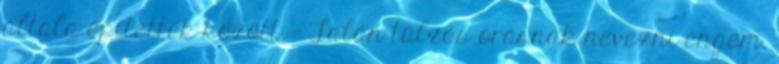
általa építettek között. — Talán túlzás órásnak nevezni engem,